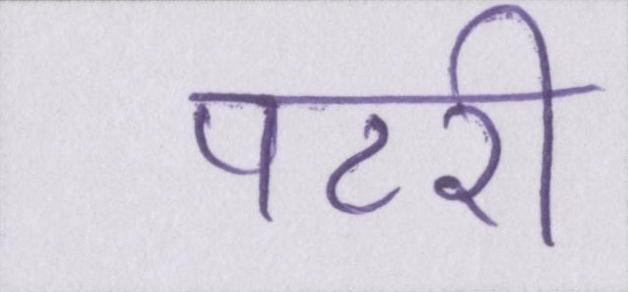
पटरी